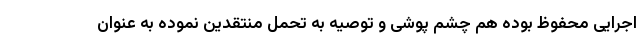
اجرایی محفوظ بوده هم چشم پوشی و توصیه به تحمل منتقدین نموده به عنوان